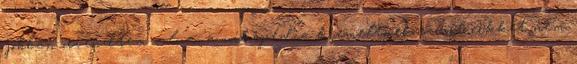
jobban örvendtem volna; a wikipédia kiemeltnek szánt cikkét nem